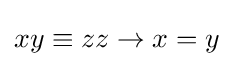
xy\equiv zz\rightarrow x=y